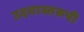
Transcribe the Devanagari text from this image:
उदयास्तरूपी